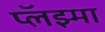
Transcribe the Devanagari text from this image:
प्लॅझ्मा